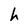
Character: h